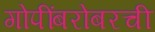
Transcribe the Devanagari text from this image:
गोपींबरोबरची